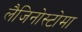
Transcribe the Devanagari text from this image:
लैजिनोस्टोमा